Scottish Leaving Certificate Examination, 1961
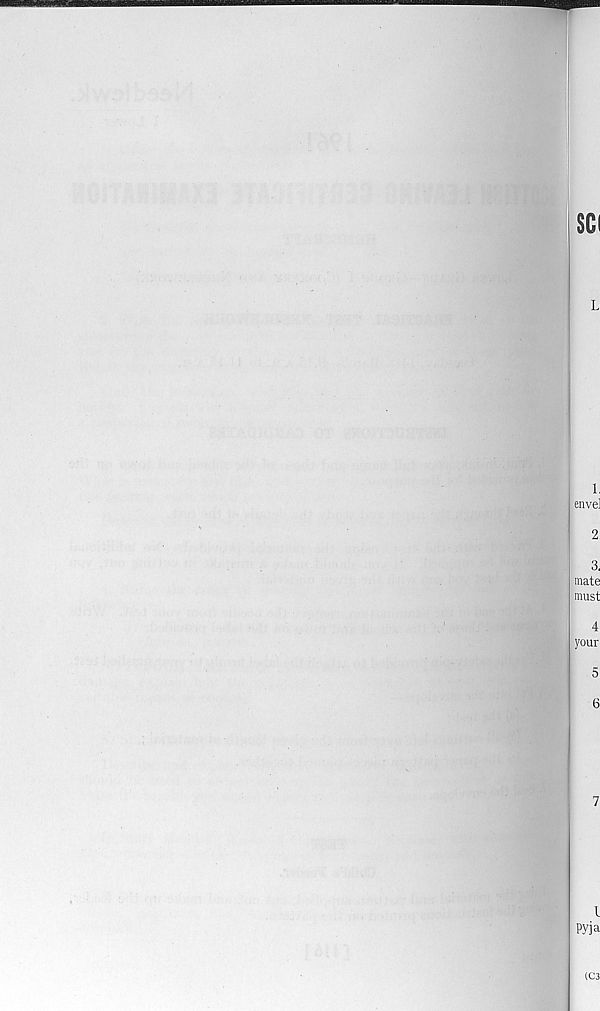
SGI
i.
enve]
2
3.
mate
must
4
your
5
6
7
l
pyja
(C3